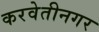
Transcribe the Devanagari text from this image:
करवेतीनगर